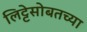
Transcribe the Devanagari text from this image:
लिट्टेसोबतच्या